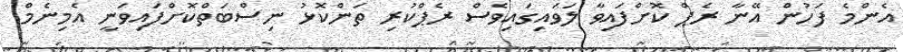
އެންމެ ފަހުން އޭނާ ރެޕް ކޮށްފައިވާ ލަވައިގައިވެސް ރެޕްކުރި ތަންކޮޅު ނިސްބަތްކޮށްފައިވަނީ އެމިނެމް